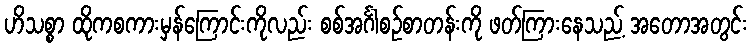
ဟိသစ္စာ ထိုကစကားမှန်ကြောင်းကိုလည်း စစ်အင်္ဂါစဉ်စာတန်းကို ဖတ်ကြားနေသည့် အတောအတွင်း